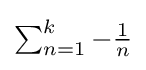
{\textstyle \sum _{n=1}^{k}-{\frac {1}{n}}}